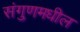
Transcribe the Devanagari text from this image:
संगुणमधील